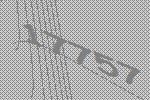
17757